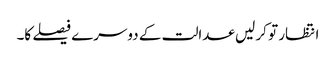
انتظار تو کر لیں عدالت کے دوسرے فیصلے کا۔